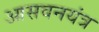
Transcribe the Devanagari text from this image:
आसवनयंत्र